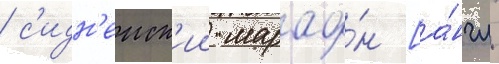
/ с'идн'еиск'ии марафо́н [а́нгл.